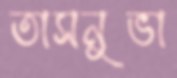
তাসনুভা